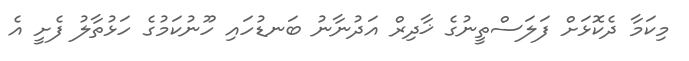
މިކަމާ ދެކޮޅަށް ފަލަސްތީނުގެ ޚާދިރް އަދުނާނު ބަނޑުހައި ހޫނުކަމުގެ ހަޅުތާލު ފެށީ އެ